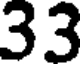
33